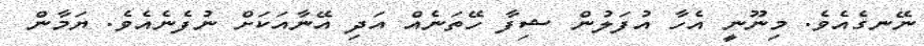
ނޭނގެއެވެ. މިނޫނީ އެހާ އުފަލުން ޝިފާ ހޭތަނެއް އަދި އޭނާއަކަށް ނުފެނެއެވެ. ޔަމާން